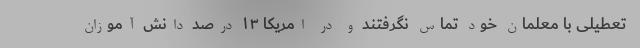
تعطیلی با معلمان خود تماس نگرفتند و در امریکا ۱۳ درصد دانش آموزان